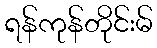
ရန်ကုန်တိုင်းမ်